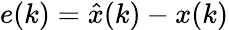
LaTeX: e(k)={\hat{x}}(k)-x(k)